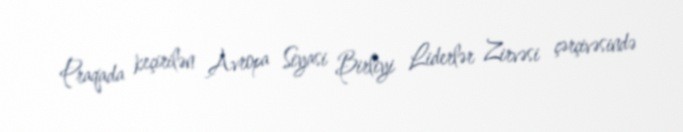
Praqada keçirilən Avropa Siyasi Birliyi Liderlər Zirvəsi çərçivəsində